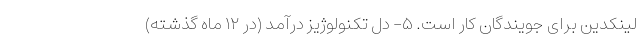
لینکدین برای جویندگان کار است. ۵- دل تکنولوژیز درآمد (در ۱۲ ماه گذشته)